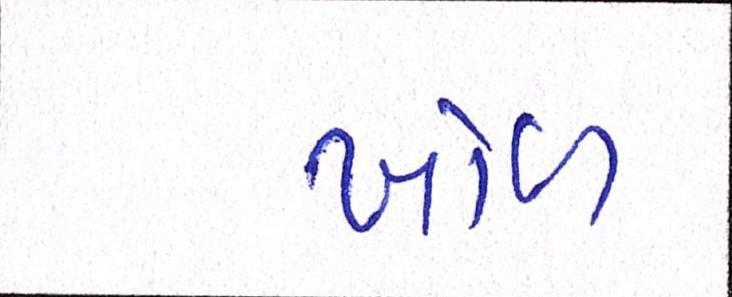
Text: ખોળ